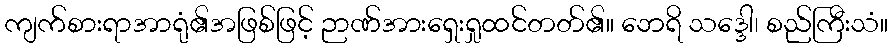
ကျက်စားရာအာရုံ၏အဖြစ်ဖြင့် ဉာဏ်အားရှေးရှုထင်တတ်၏။ ဘေရိ သဒ္ဒေါ၊ စည်ကြီးသံ။